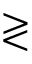
\gtrless